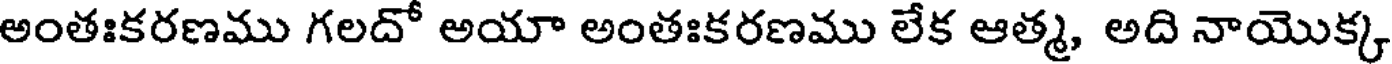
అంతఃకరణము గలదో అయా అంతఃకరణము లేక ఆత్మ, అది నాయొక్క